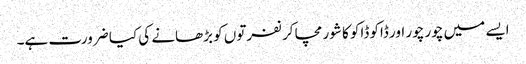
ایسے میں چور چور اور ڈاکو ڈاکو کا شور مچا کر نفرتوں کو بڑھانے کی کیا ضرورت ہے۔